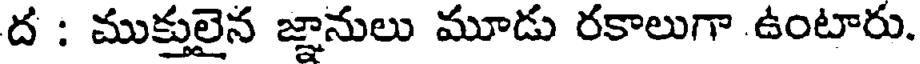
ద : ముక్తులైన జ్ఞానులు మూడు రకాలుగా ఉంటారు.